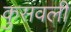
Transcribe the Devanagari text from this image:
कुसवली